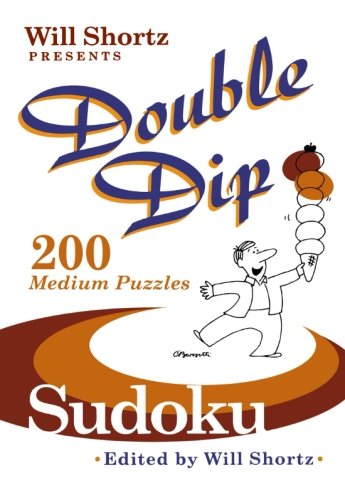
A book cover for Will Shortz Presents Double Dip Sudoku: 200 Medium Puzzles; Humor & Entertainment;